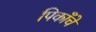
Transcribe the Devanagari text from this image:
पिकाँचे